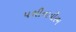
પથીનાયીરમ